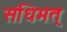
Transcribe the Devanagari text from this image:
संधिमत्